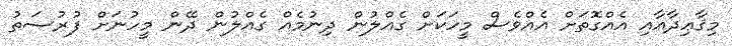
މިޤާޢިދާއާއި އެއްގޮތަށް އެއްވެސް މީހަކަށް ގެއްލުން ދިނުމެއް ގެއްލުން ދޭން މީހުނަށް ފުރުސަތު